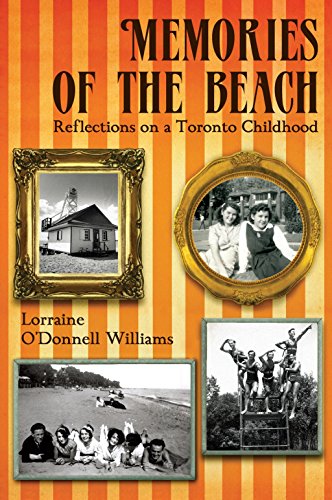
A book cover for Memories of the Beach: Reflections on a Toronto Childhood; Lorraine O'Donnell Williams; Biographies & Memoirs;